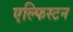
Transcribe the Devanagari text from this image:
एल्फिस्टन